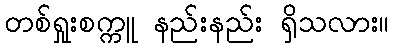
တစ်ရှုးစက္ကူ နည်းနည်း ရှိသလား။